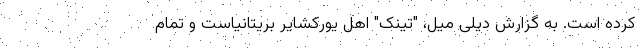
کرده است. به گزارش دیلی میل، "تینک" اهل یورکشایر بریتانیاست و تمام